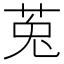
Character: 莵